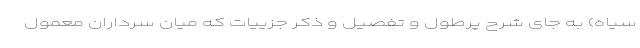
سیاه) به جای شرح پرطول و تفصیل و ذکر جزییات که میان سرداران معمول